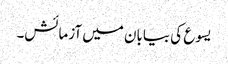
یسوع کی بیابان میں آزمائش۔